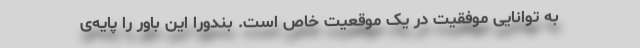
به توانایی موفقیت در یک موقعیت خاص است. بندورا این باور را پایه‌ی